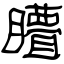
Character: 矒